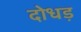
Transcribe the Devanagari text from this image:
दोधड़